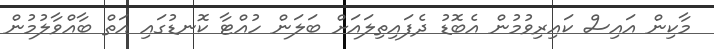
މާކިން އައިސް ކައިރިވުމުން އެބޮޑު ދެފައިތިލައަށް ބަލަން ހުއްޓާ ކޮނޑުގައި އަތް ބާއްވާލުމުން